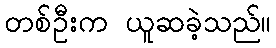
တစ်ဦးက ယူဆခဲ့သည်။